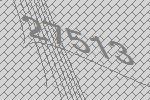
27513